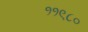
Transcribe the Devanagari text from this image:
११९८०